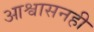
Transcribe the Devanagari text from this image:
आश्वासनही